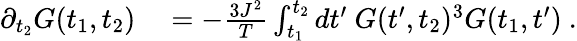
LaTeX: \begin{array}{rl}{\partial_{t_{2}}G(t_{1},t_{2})}&{{}=-\frac{3J^{2}}{T}\int_{t_{1}}^{t_{2}}dt^{\prime}\ G(t^{\prime},t_{2})^{3}G(t_{1},t^{\prime})~.}\end{array}